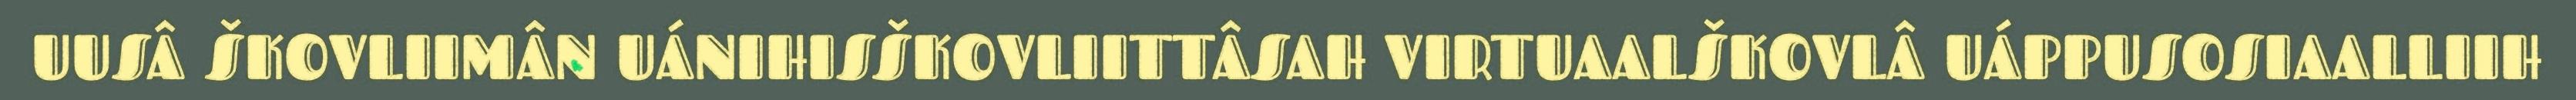
UUSÂ ŠKOVLIIMÂN UÁNIHISŠKOVLIITTÂSAH VIRTUAALŠKOVLÂ UÁPPUSOSIAALLIIH